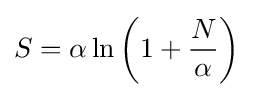
S=\alpha \ln {\left(1+{N \over {\alpha \,\!}}\right)}